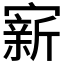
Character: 𪧭